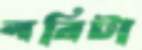
লরিটা